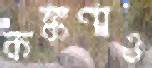
কঙ্কণাও